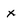
Character: x